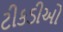
ટીકડીઓ